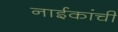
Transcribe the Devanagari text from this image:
नाईकांची